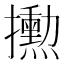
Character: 𪮼